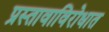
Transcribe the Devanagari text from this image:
प्रस्तावाविरोधात